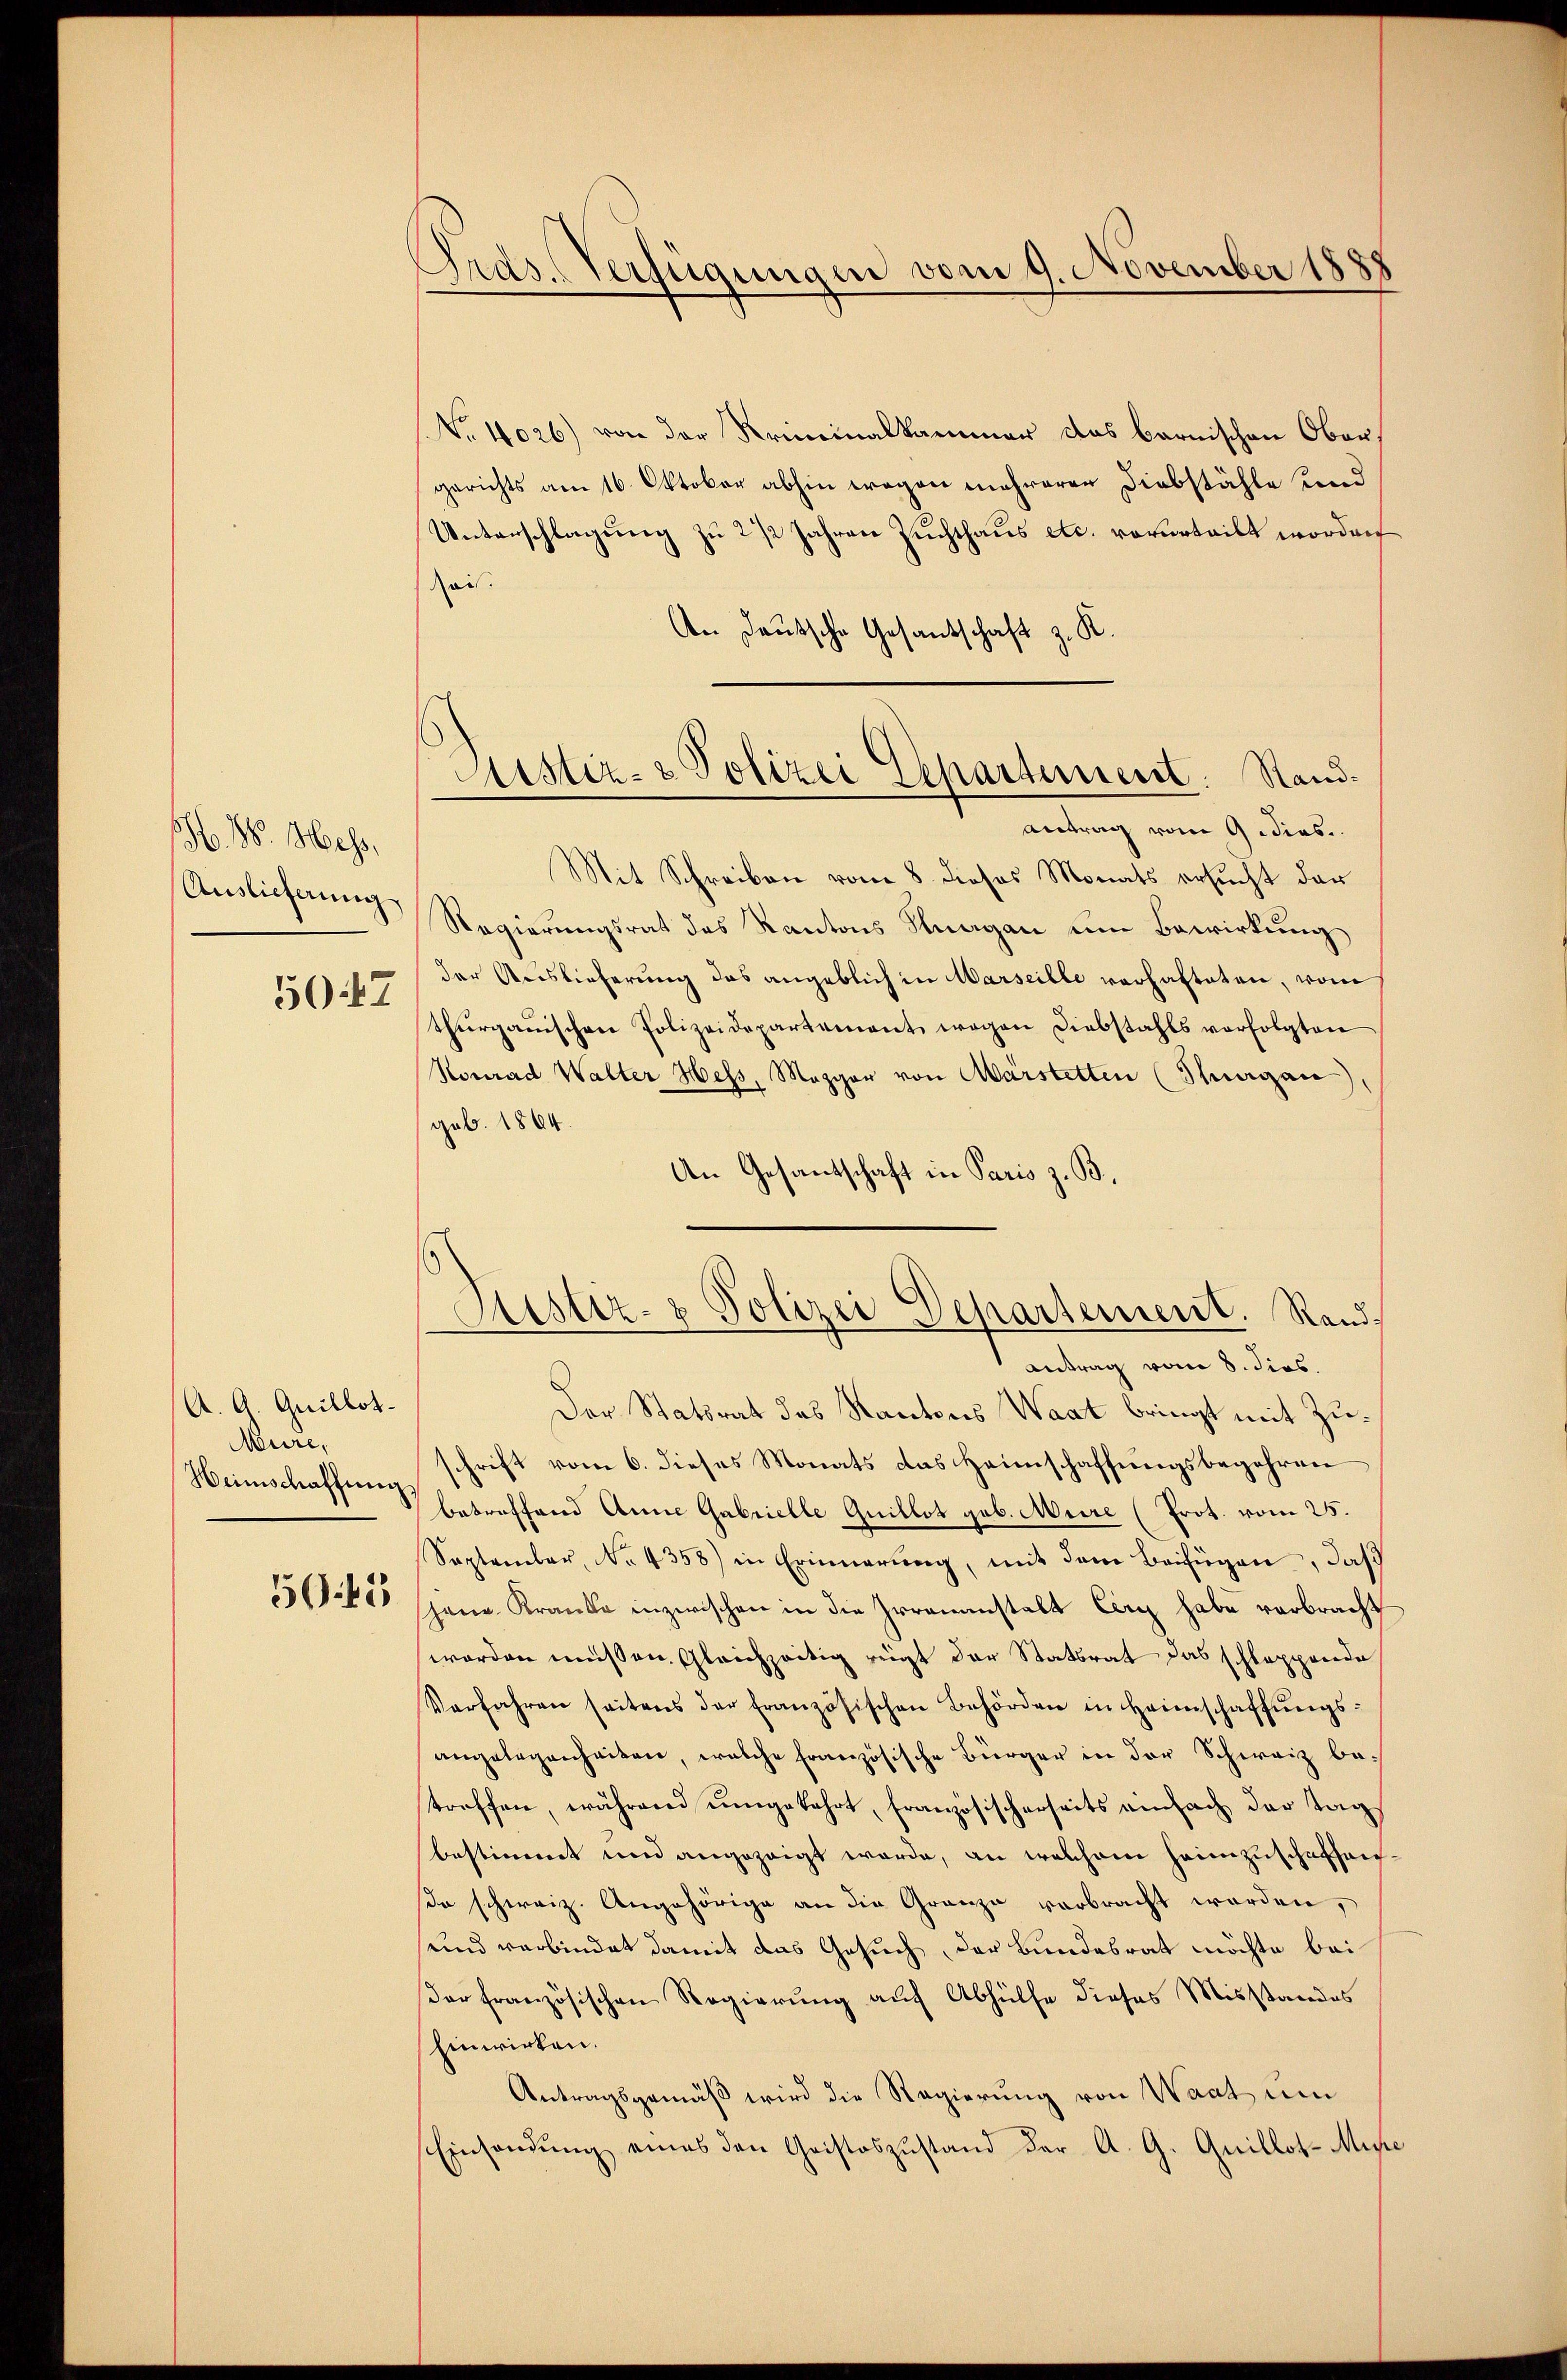
H. M. Mess,
Auslieferung
5047

A. G. Quillot
Mure,
Heimschaffung

50. 43

Ords. Verfügungen vom 9. November 1888

No. 4026) von der Kriminalkammer das barnischen Obergerichts am 16. Oktober abhin wegen mehreren Diebstähle und
Unterschlagung zu 2 1/2 Jahren Zuchthaus etc. vorurteilt worden
Rais.
An Deutsche Gesandschaft z. K.
antrag vom 9. dies
Mit Schreiben vom 8. dieses Monats ersucht der
Regierungsrat des Kantons Knagan um Bewirkung
der Auslieferung das angeblich in Warseille verhafteten, vom
thŭrganischen Polizeidepartement, wegen Diebstahls verfolgten
Nomad Walter Hess, Magger von Märstetten (Thurgau
(geb. 1864.
An Gesantschaft in Paris z. B.
Sistiz- & Polizei Departement. Rand¬
Antrag vom 8. dies
Der Statsrat des Kantons Waat bringt mit Zuschrift vom 6. dieses Monats das Heimschaffungsbegehren
betreffend Anna Gabrielle Quillot geb. Maire (Prot. vom 25.
September, No 4358) in Erinnerung, mit dem Beifügen, daß
jene Kranke inzwischen in die Irrenanstalt Carn habe verbracht
worden müssen. Gleichzeitig regt der Stattrat das schlappende
Verfahren seitens der französischen Behörden in Heimschaffŭngs-
angelegenheiten, welche französische Bürger in der Schweiz betroffen, während umgekehrt, französischerseits einfach der Tag
bestimmt und angezeigt werde, an welchem Heimzuschaffen.
so schweiz. Angehörige an die Granze verbracht worden,
und verbindet damit das Gesuch, der Bundesrat möchte bei
der französischen Regierung auf Abhülfe dieses Misstandes
Einwirken.
Antragsgemäß wird die Regierung von Waat um
Einsendung eines den Cristoszustand der A. G. Quillot-Miso

Astiz- & Polizei Departement. Stand¬